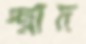
স্ত্রাদ